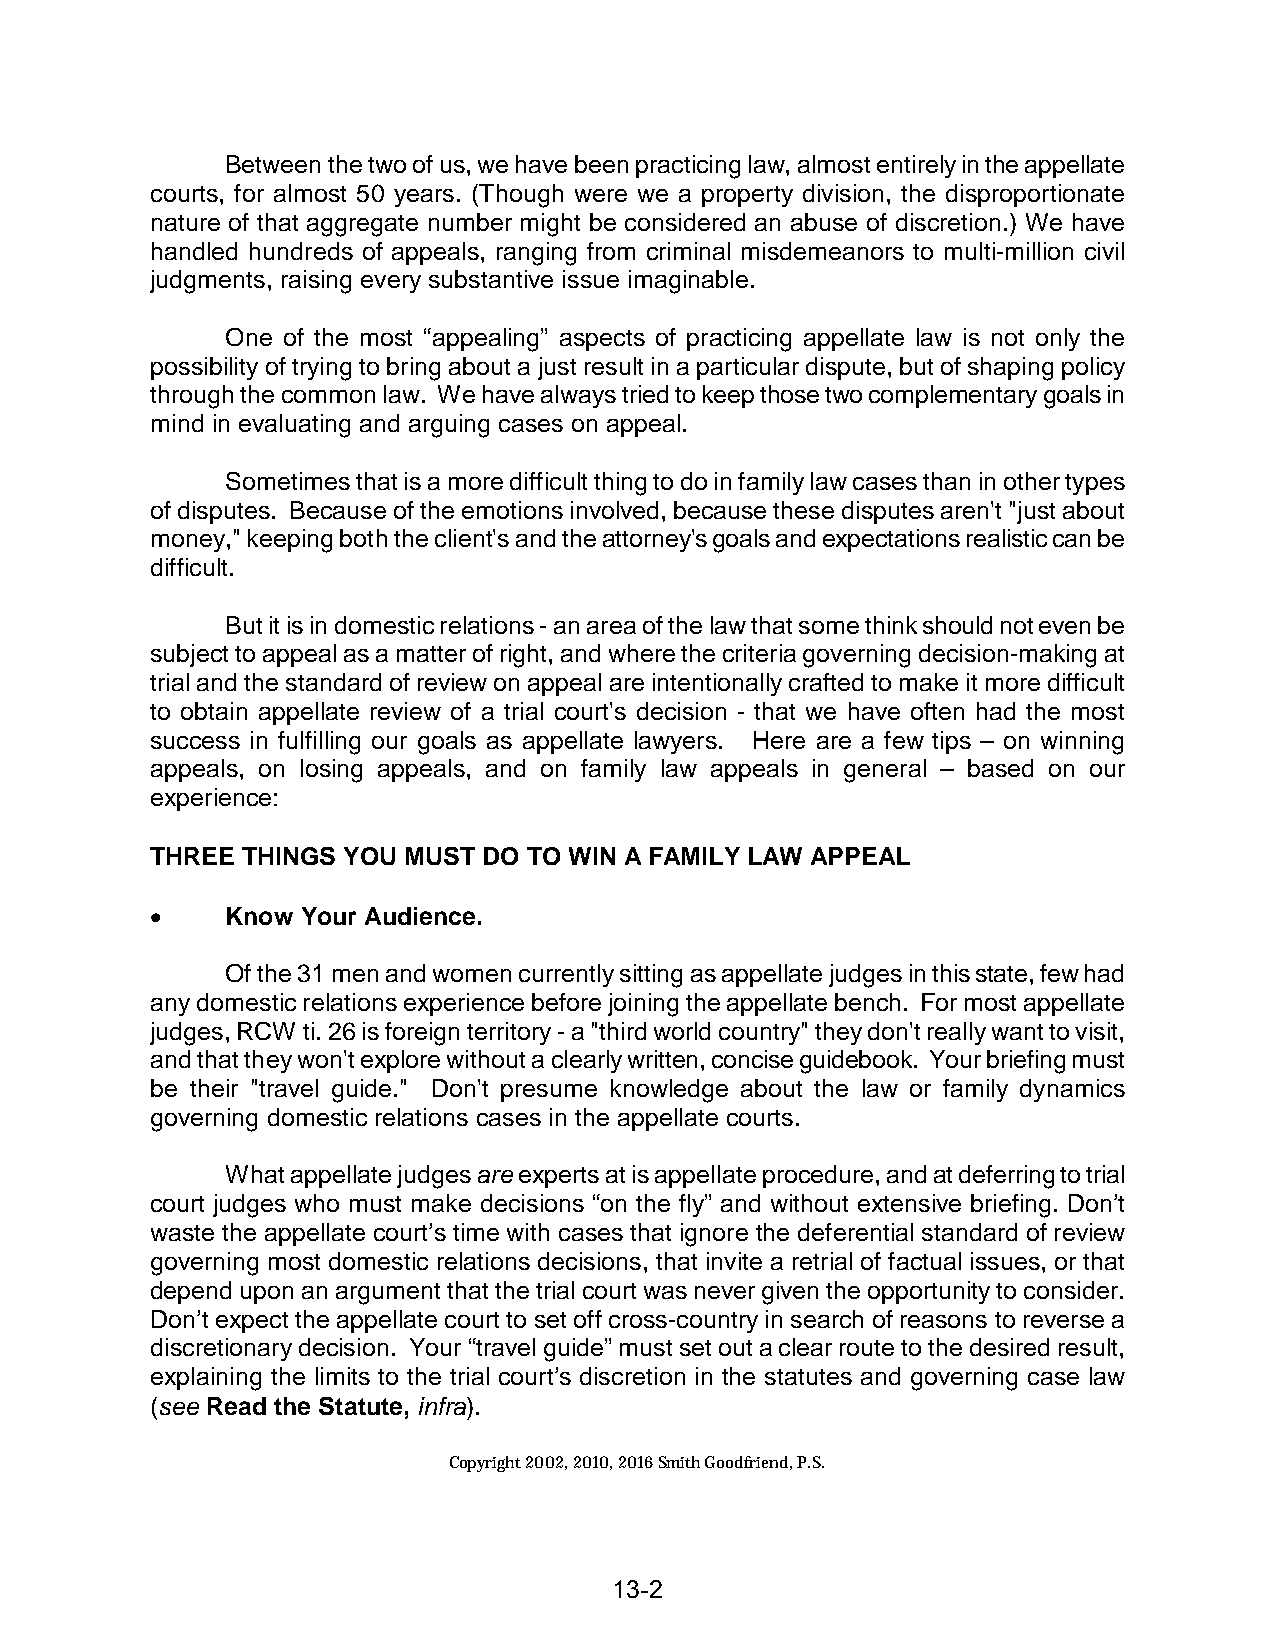
Between the two of us, we have been practicing law, almost entirely in the appellate
 courts, for almost 50 years. (Though were we a property division, the disproportionate
 nature of that aggregate number might be considered an abuse of discretion.) We have
 handled hundreds of appeals, ranging from criminal misdemeanors to multi-million civil
 judgments, raising every substantive issue imaginable.
 One of the most “appealing” aspects of practicing appellate law is not only the
 possibility of trying to bring about a just result in a particular dispute, but of shaping policy
 through the common law. We have always tried to keep those two complementary goals in
 mind in evaluating and arguing cases on appeal.
 Sometimes that is a more difficult thing to do in family law cases than in other types
 of disputes. Because of the emotions involved, because these disputes aren't "just about
 money," keeping both the client's and the attorney's goals and expectations realistic can be
 difficult.
 But it is in domestic relations - an area of the law that some think should not even be
 subject to appeal as a matter of right, and where the criteria governing decision-making at
 trial and the standard of review on appeal are intentionally crafted to make it more difficult
 to obtain appellate review of a trial court's decision - that we have often had the most
 success in fulfilling our goals as appellate lawyers. Here are a few tips – on winning
 appeals, on losing appeals, and on family law appeals in general – based on our
 experience:
 THREE THINGS YOU MUST DO TO WIN A FAMILY LAW APPEAL
 •    Know Your Audience.
 Of the 31 men and women currently sitting as appellate judges in this state, few had
 any domestic relations experience before joining the appellate bench. For most appellate
 judges, RCW ti. 26 is foreign territory - a "third world country" they don't really want to visit,
 and that they won't explore without a clearly written, concise guidebook. Your briefing must
 be their "travel guide." Don't presume knowledge about the law or family dynamics
 governing domestic relations cases in the appellate courts.
 What appellate judges are experts at is appellate procedure, and at deferring to trial
 court judges who must make decisions “on the fly” and without extensive briefing. Don’t
 waste the appellate court’s time with cases that ignore the deferential standard of review
 governing most domestic relations decisions, that invite a retrial of factual issues, or that
 depend upon an argument that the trial court was never given the opportunity to consider.
 Don’t expect the appellate court to set off cross-country in search of reasons to reverse a
 discretionary decision. Your “travel guide” must set out a clear route to the desired result,
 explaining the limits to the trial court’s discretion in the statutes and governing case law
 (see Read the Statute, infra).
 Copyright 2002, 2010, 2016 Smith Goodfriend, P.S.
 13-2